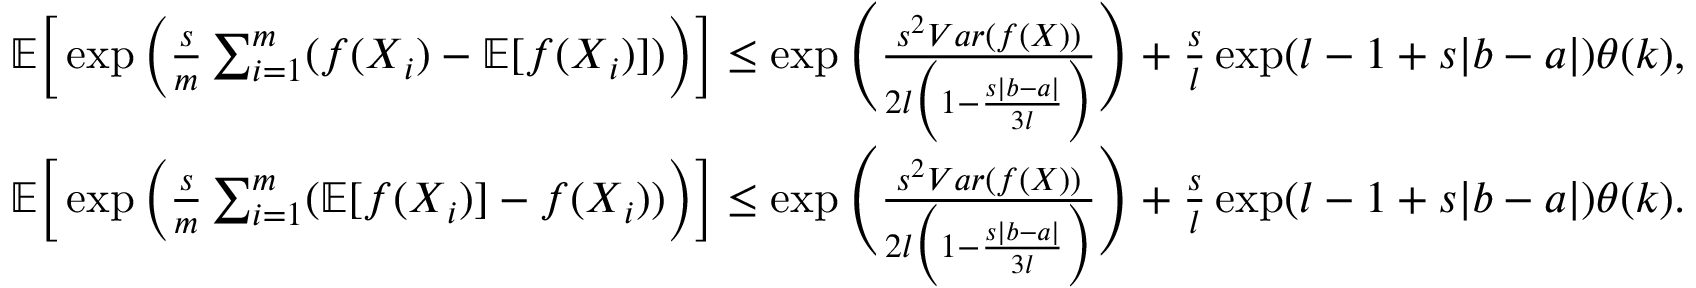
\begin{array} { r l } & { \mathbb { E } \Big [ \exp \Big ( \frac { s } { m } \sum _ { i = 1 } ^ { m } ( f ( \boldsymbol { X } _ { i } ) - \mathbb { E } [ f ( \boldsymbol { X } _ { i } ) ] ) \Big ) \Big ] \leq \exp \Bigg ( \frac { s ^ { 2 } V a r ( f ( \boldsymbol { X } ) ) } { 2 l \Big ( 1 - \frac { s | b - a | } { 3 l } \Big ) } \Bigg ) + \frac { s } { l } \exp ( l - 1 + s | b - a | ) \theta ( k ) , } \\ & { \mathbb { E } \Big [ \exp \Big ( \frac { s } { m } \sum _ { i = 1 } ^ { m } ( \mathbb { E } [ f ( \boldsymbol { X } _ { i } ) ] - f ( \boldsymbol { X } _ { i } ) ) \Big ) \Big ] \leq \exp \Bigg ( \frac { s ^ { 2 } V a r ( f ( \boldsymbol { X } ) ) } { 2 l \Big ( 1 - \frac { s | b - a | } { 3 l } \Big ) } \Bigg ) + \frac { s } { l } \exp ( l - 1 + s | b - a | ) \theta ( k ) . } \end{array}